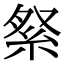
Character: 𮈏